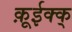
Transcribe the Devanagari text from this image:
क़ूईक्क्